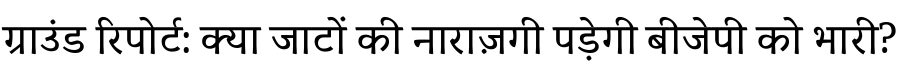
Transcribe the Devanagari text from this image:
ग्राउंड रिपोर्ट: क्या जाटों की नाराज़गी पड़ेगी बीजेपी को भारी?